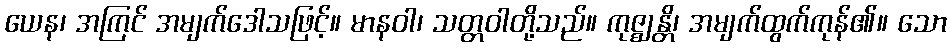
ယေန၊ အကြင် အမျက်ဒေါသဖြင့်။ မာနဝါ၊ သတ္တဝါတို့သည်။ ကုဇ္ဈန္တိ၊ အမျက်ထွက်ကုန်၏။ သော